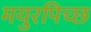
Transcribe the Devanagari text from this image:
मयुरपिच्छ